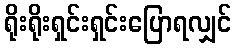
ရိုးရိုးရှင်းရှင်းပြောရလျှင်